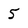
Character: 5